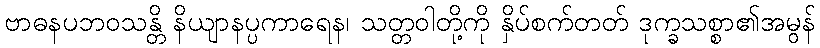
ဗာဓနပဘဝသန္တိ နိယျာနပ္ပကာရေန၊ သတ္တဝါတို့ကို နှိပ်စက်တတ် ဒုက္ခသစ္စာ၏အမွန်